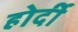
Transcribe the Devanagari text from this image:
होर्दी